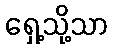
ရှေ့သို့သာ